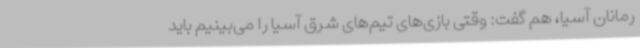
رمانان آسیا، هم گفت: وقتی بازی‌های تیم‌های شرق آسیا را می‌بینیم باید